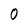
Character: 0